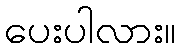
ပေးပါလား။